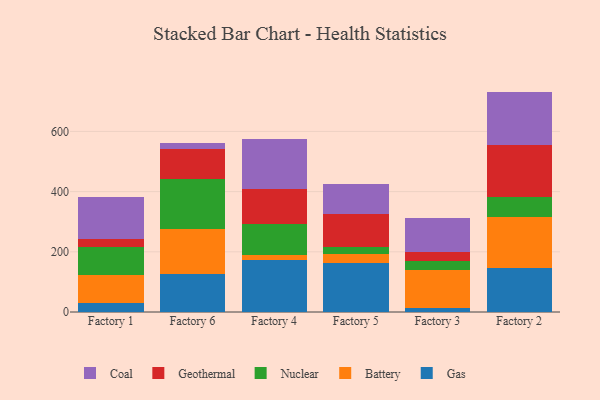
{"axis": {"x": "Factory", "y": "Net Income (USD K)"}, "legend": ["Battery", "Coal", "Gas", "Geothermal", "Nuclear"], "data": [{"x": "Factory 1", "y": 29.3, "type": "Gas"}, {"x": "Factory 1", "y": 92.7, "type": "Battery"}, {"x": "Factory 1", "y": 94.1, "type": "Nuclear"}, {"x": "Factory 1", "y": 26.1, "type": "Geothermal"}, {"x": "Factory 1", "y": 139.5, "type": "Coal"}, {"x": "Factory 6", "y": 125.1, "type": "Gas"}, {"x": "Factory 6", "y": 151.8, "type": "Battery"}, {"x": "Factory 6", "y": 164.1, "type": "Nuclear"}, {"x": "Factory 6", "y": 100.9, "type": "Geothermal"}, {"x": "Factory 6", "y": 20.9, "type": "Coal"}, {"x": "Factory 4", "y": 171.9, "type": "Gas"}, {"x": "Factory 4", "y": 18.0, "type": "Battery"}, {"x": "Factory 4", "y": 102.1, "type": "Nuclear"}, {"x": "Factory 4", "y": 117.4, "type": "Geothermal"}, {"x": "Factory 4", "y": 166.8, "type": "Coal"}, {"x": "Factory 5", "y": 161.9, "type": "Gas"}, {"x": "Factory 5", "y": 29.3, "type": "Battery"}, {"x": "Factory 5", "y": 24.4, "type": "Nuclear"}, {"x": "Factory 5", "y": 108.8, "type": "Geothermal"}, {"x": "Factory 5", "y": 102.5, "type": "Coal"}, {"x": "Factory 3", "y": 14.9, "type": "Gas"}, {"x": "Factory 3", "y": 125.3, "type": "Battery"}, {"x": "Factory 3", "y": 28.7, "type": "Nuclear"}, {"x": "Factory 3", "y": 30.1, "type": "Geothermal"}, {"x": "Factory 3", "y": 112.0, "type": "Coal"}, {"x": "Factory 2", "y": 146.8, "type": "Gas"}, {"x": "Factory 2", "y": 169.6, "type": "Battery"}, {"x": "Factory 2", "y": 65.9, "type": "Nuclear"}, {"x": "Factory 2", "y": 171.0, "type": "Geothermal"}, {"x": "Factory 2", "y": 179.0, "type": "Coal"}]}